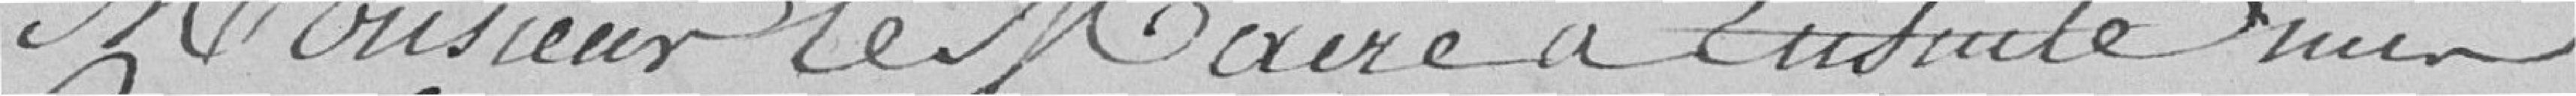
Monsieur le Maire a ensuite mis